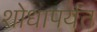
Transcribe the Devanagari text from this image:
शोधापर्यंत